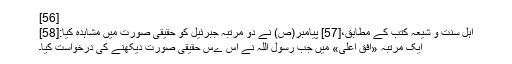
[56]
اہل سنّت و شیعہ کتب کے مطابق،[57] پیامبر(ص) نے دو مرتبہ جبرئیل کو حقیقی صورت میں مشاہدہ کیا:[58]
ایک مرتبہ «افق اعلی» میں جب رسول اللہ نے اس ےس حقیقی صورت دیکھنے کی درخواست کیا۔